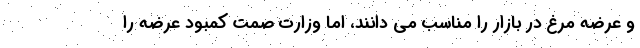
و عرضه مرغ در بازار را مناسب می دانند، اما وزارت صمت کمبود عرضه را